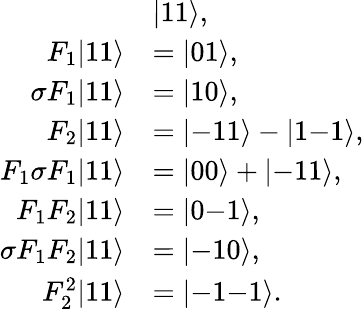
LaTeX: \begin{array}{rl}&{|11\rangle,}\\ {F_{1}|11\rangle}&{=|01\rangle,}\\ {\sigma F_{1}|11\rangle}&{=|10\rangle,}\\ {F_{2}|11\rangle}&{=|\mathrm{-}11\rangle-|1\mathrm{-}1\rangle,}\\ {F_{1}\sigma F_{1}|11\rangle}&{=|00\rangle+|\mathrm{-}11\rangle,}\\ {F_{1}F_{2}|11\rangle}&{=|0\mathrm{-}1\rangle,}\\ {\sigma F_{1}F_{2}|11\rangle}&{=|\mathrm{-}10\rangle,}\\ {F_{2}^{2}|11\rangle}&{=|\mathrm{-}1\mathrm{-}1\rangle.}\end{array}